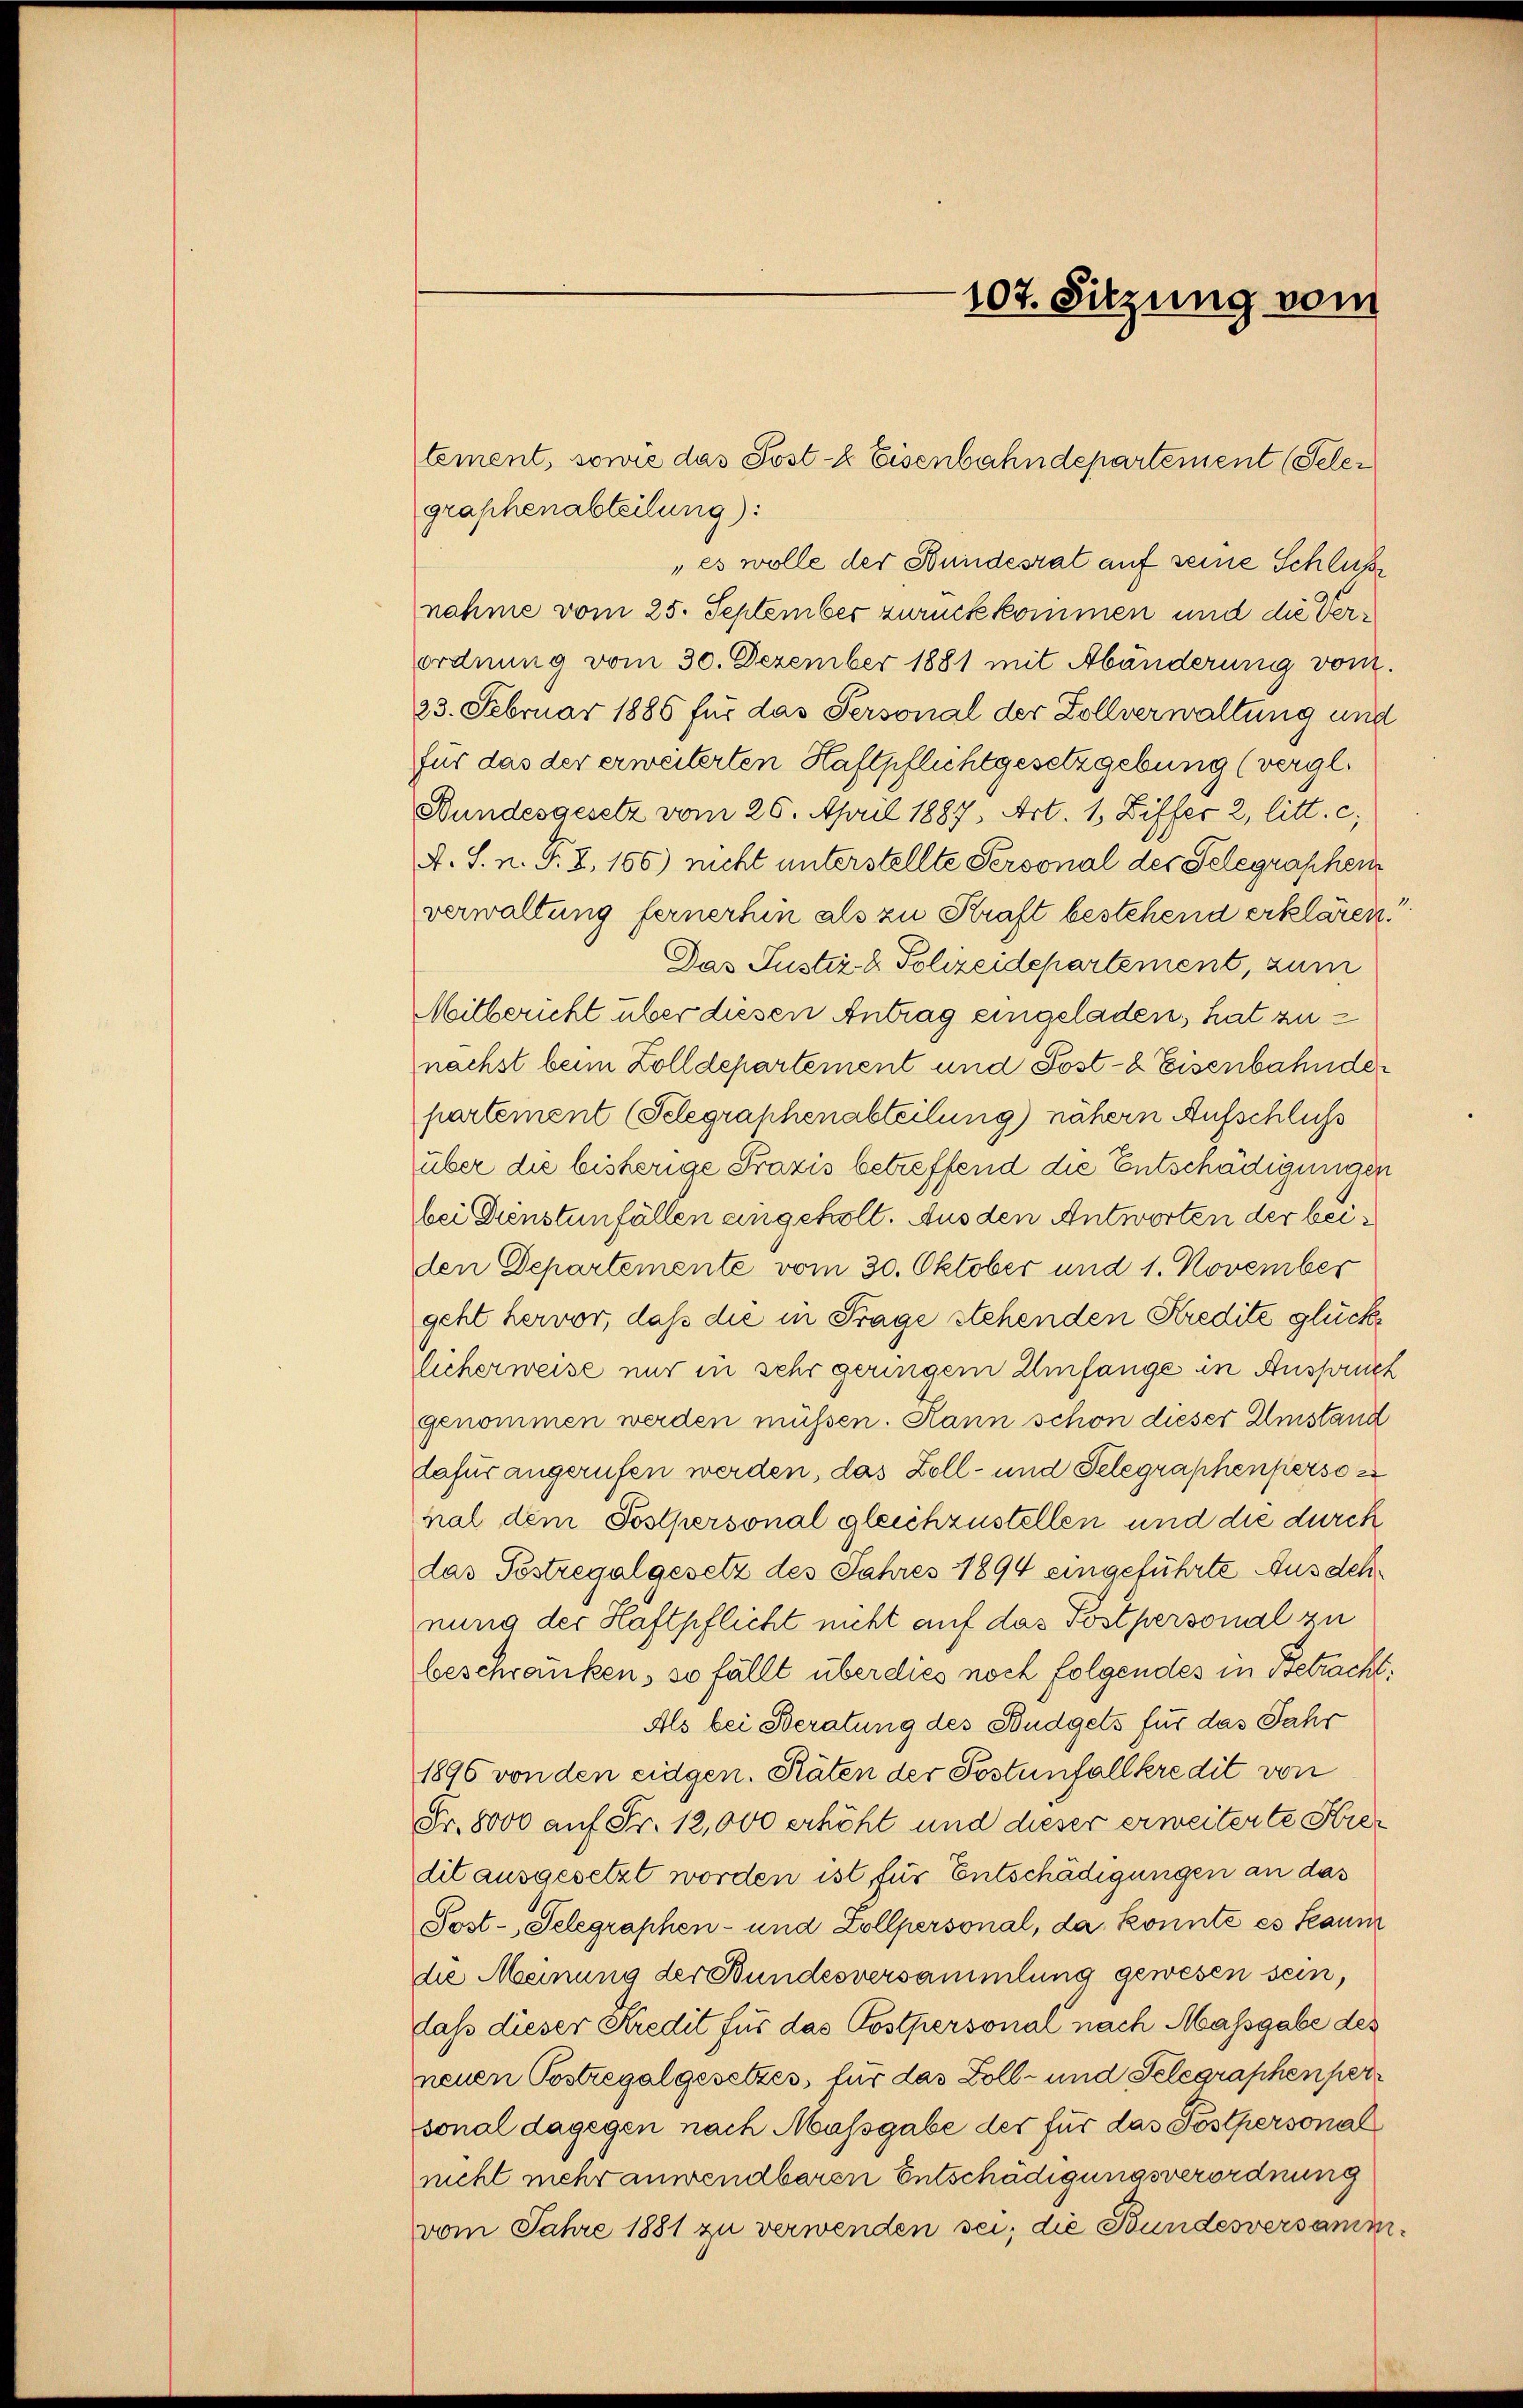
graphenabteilung):
„es wolle der Bundesrat auf seine Schluß
nahme vom 25. September zurückkommen und die Verordnung vom 30. Dezember 1881 mit Abänderung vom
23. Februar 1885 für das Personal der Zollverwaltung und
für das der erweiterten Haftpflichtgesetzgebung (vergl.
Bundesgesetz vom 26. April 1887, Art. 1, Differ 2, litt. c,
A. S. n. F. 2, 156) nicht unterstellte Personal des Telegraschein
verwaltung fernerhin als zu Kraft bestehend erklären.
Das Justiz- & Polizeidepartement, zum
Mitbericht über diesen Antrag eingeladen, hat zunächst beim Zolldepartement und Post- & Eisenbahnder
partement (Selegraphenabteilung) nähern Aufschluss
über die bisherige Praxis betreffend die Entschädigungen
bei Dienstenfällen angeholt. Aus den Antworten der beiden Departemente vom 30. Oktober und 1. November
geht hervor, daß die in Frage stehenden Kredite glücklicherweise nur in sehr geringen Umfange in Anspruch
genommen werden müssen. Hann schon dieser Umstand
dafür angerufen werden, das Zoll- und Telegraphenperso
nal dem Postpersonal gleichzustellen und die durch
das Postregalgesetz des Jahres 1894 eingeführte Ausdehnung der Haftpflicht nicht auf das Postpersonal zu
beschränken, so fällt überdies noch folgendes in Betracht.
Als bei Beratung des Budgets für das Jahr
1896 von den eidgen. Räten der Postenfallkredit von
Fr. 8000 auf Fr. 12,000 erhöht und dieser erweiterte Kredit ausgesetzt worden ist, für Entschädigungen an das
Post-Selegraphen- und Zollpersonal, da konnte es kaum
die Meinung der Bundesversammlung gewesen sein,
lass dieser Kredit für das Postpersonal nach Massgabe des
neuen Postregalgesetzes, für das Doll- und Telegraphen per
sonal dagegen nach Massgabe der für das Postpersonalnicht mehr anwendbaren Entschädigungsverordnung
vom Jahre 1881 zu verwenden sei; die Bundesversamm¬

tement, sowie das Post- & Eisenbahndepartement (Seler

107. Sitzung vom